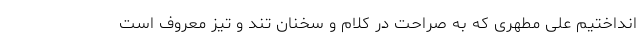
انداختیم علی مطهری که به صراحت در کلام و سخنان تند و تیز معروف است